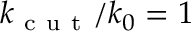
k _ { \mathrm { ~ c ~ u ~ t ~ } } / k _ { 0 } = 1